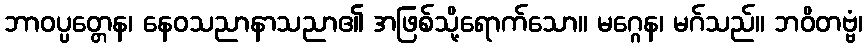
ဘာဝပ္ပတ္တေန၊ နေဝသညာနာသညာ၏ အဖြစ်သို့ရောက်သော။ မဂ္ဂေန၊ မဂ်သည်။ ဘဝိတဗ္ဗံ၊